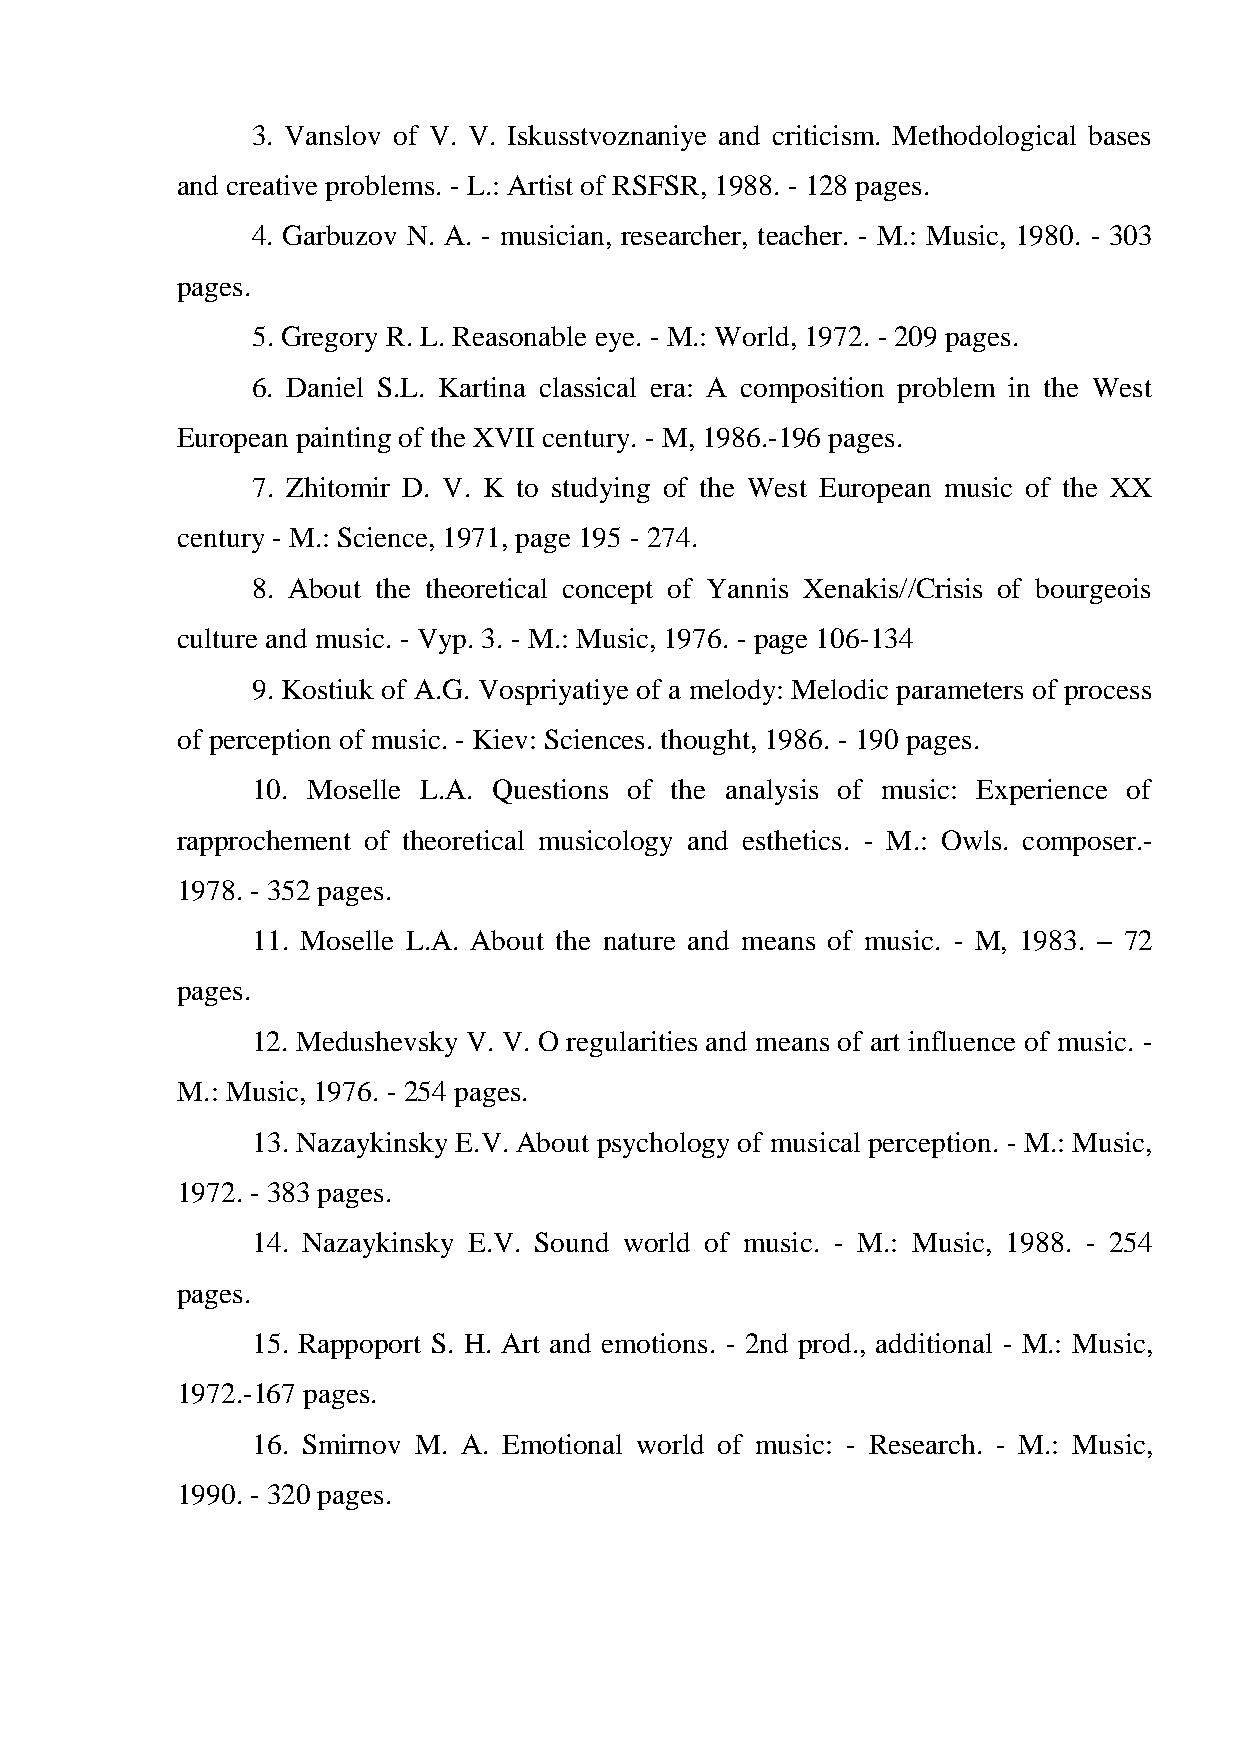
3. Vanslov of V. V. Iskusstvoznaniye and criticism. Methodological bases
 and creative problems. - L.: Artist of RSFSR, 1988. - 128 pages.
 4. Garbuzov N. A. - musician, researcher, teacher. - M.: Music, 1980. - 303
 pages.
 5. Gregory R. L. Reasonable eye. - M.: World, 1972. - 209 pages.
 6. Daniel S.L. Kartina classical era: A composition problem in the West
 European painting of the XVII century. - M, 1986.-196 pages.
 7. Zhitomir D. V. K to studying of the West European music of the XX
 century - M.: Science, 1971, page 195 - 274.
 8. About the theoretical concept of Yannis Xenakis//Crisis of bourgeois
 culture and music. - Vyp. 3. - M.: Music, 1976. - page 106-134
 9. Kostiuk of A.G. Vospriyatiye of a melody: Melodic parameters of process
 of perception of music. - Kiev: Sciences. thought, 1986. - 190 pages.
 10. Moselle L.A. Questions of the analysis of music: Experience of
 rapprochement of theoretical musicology and esthetics. - M.: Owls. composer.-
 1978. - 352 pages.
 11. Moselle L.A. About the nature and means of music. - M, 1983. – 72
 pages.
 12. Medushevsky V. V. O regularities and means of art influence of music. -
 M.: Music, 1976. - 254 pages.
 13. Nazaykinsky E.V. About psychology of musical perception. - M.: Music,
 1972. - 383 pages.
 14. Nazaykinsky E.V. Sound world of music. - M.: Music, 1988. - 254
 pages.
 15. Rappoport S. H. Art and emotions. - 2nd prod., additional - M.: Music,
 1972.-167 pages.
 16. Smirnov M. A. Emotional world of music: - Research. - M.: Music,
 1990. - 320 pages.